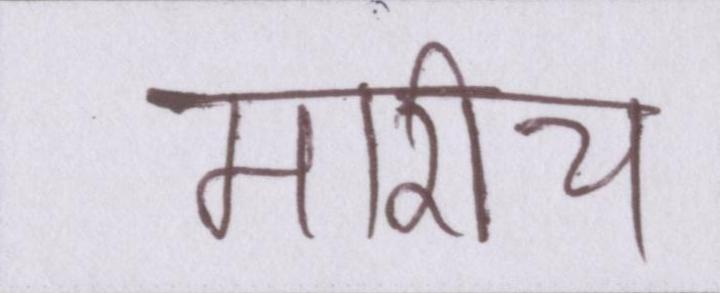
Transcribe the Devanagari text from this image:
मारीच